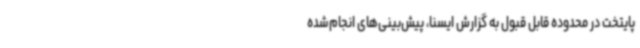
پایتخت در محدوده قابل قبول به گزارش ایسنا، پیش‌بینی‌های انجام‌شده